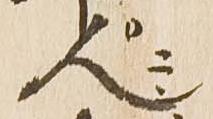
人